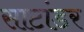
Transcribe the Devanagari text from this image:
साटांडर